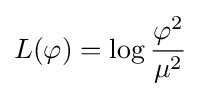
L(\varphi )=\log {\frac {\varphi ^{2}}{\mu ^{2}}}